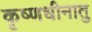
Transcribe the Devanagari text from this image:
कृष्णधीनातु